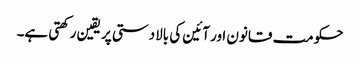
حکومت قانون اور آئین کی بالادستی پر یقین رکھتی ہے۔